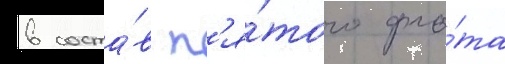
в соста́в п'я́того фло́та